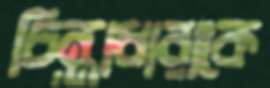
চিন্তাধারাকে